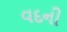
વદની